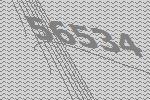
56534